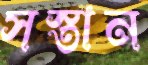
সস্তান